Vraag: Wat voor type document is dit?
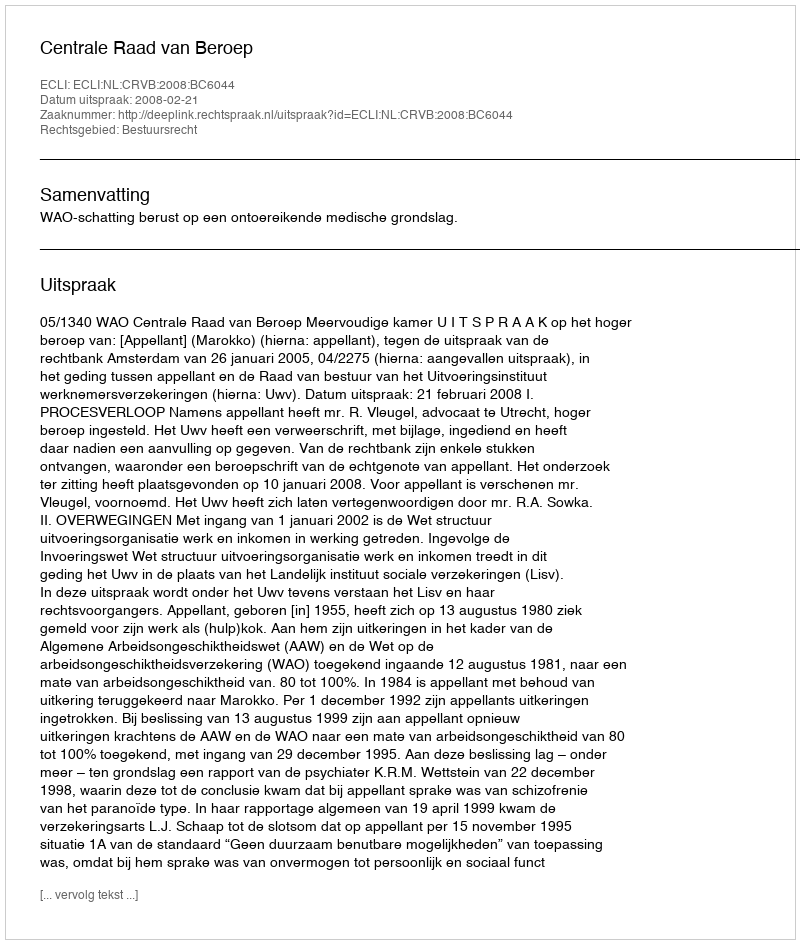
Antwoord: Uitspraak